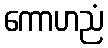
ကောဟညံ